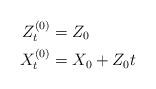
LaTeX: \begin{align*}Z_t^{(0)} & = Z_0\\X_t^{(0)} &= X_0 + Z_0 t\end{align*}